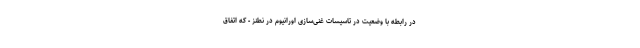
در رابطه با وضعیت در تاسیسات غنی‌سازی اورانیوم در نطنز - که اتفاق